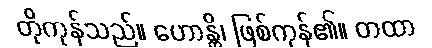
တိုကုန်သည်။ ဟောန္တိ၊ ဖြစ်ကုန်၏။ တထာ